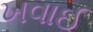
ખવાઈ